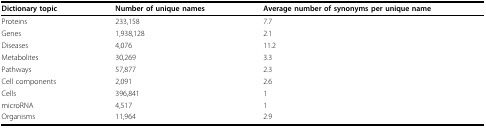
| Dictionary topic | Number of unique names | Average number of synonyms per unique name |
 | --- | --- | --- |
 | Proteins | 233,158 | 7.7 |
 | Genes | 1,938,128 | 2.1 |
 | Diseases | 4,076 | 11.2 |
 | Metabolites | 30,269 | 3.3 |
 | Pathways | 57,877 | 2.3 |
 | Cell components | 2,091 | 2.6 |
 | Cells | 396,841 | 1 |
 | microRNA | 4,517 | 1 |
 | Organisms | 11,964 | 2.9 |